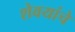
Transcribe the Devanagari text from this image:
शेवयांचे